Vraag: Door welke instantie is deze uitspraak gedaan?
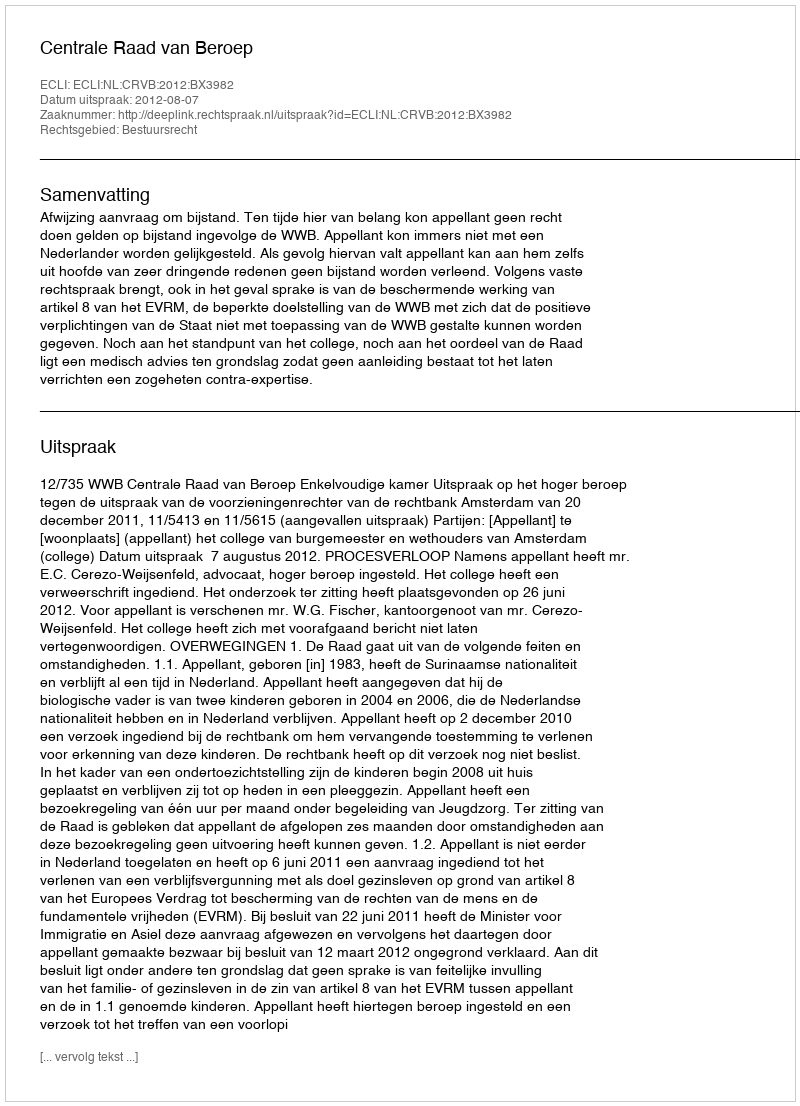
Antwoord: Centrale Raad van Beroep